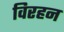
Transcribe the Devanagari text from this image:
विरहन